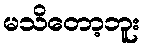
မသိတော့ဘူး